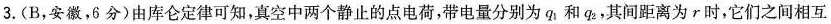
3.(B，安徽，6分)由库仑定律可知，真空中两个静止的点电荷，带电量分别为q_{1}和q_{2}，其间距离为r时，它们之间相互